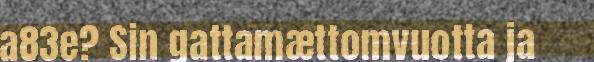
a83e? Sin gattamættomvuotta ja